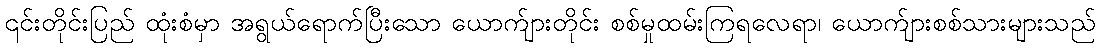
၎င်းတိုင်းပြည် ထုံးစံမှာ အရွယ်ရောက်ပြီးသော ယောက်ျားတိုင်း စစ်မှုထမ်းကြရလေရာ၊ ယောက်ျားစစ်သားများသည်